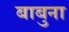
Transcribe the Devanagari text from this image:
बाबुना